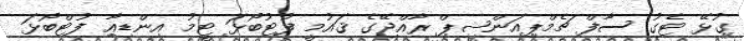
ގުޅޭ ޓެގު ސާފް ޗެމްޕިއަންޝިޕް ރާއްޖޭގެ ޤައުމީ ފުޓުބޯޅަ ޓީމު އިންޑިއާ ފުޓްބޯޅަ